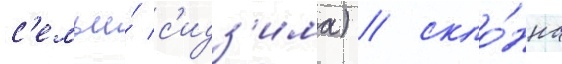
с'емьи́ с'идз'има) / скло́нна